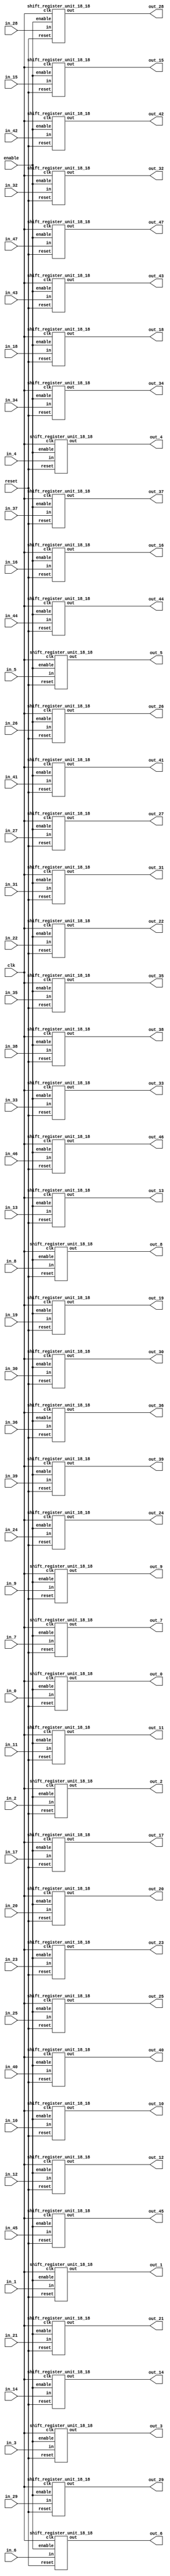
`define SIMULATION_MEMORY

module shift_register_group_18_48_18 (
	input clk,
	input enable,
	input [17:0] in_0,
	output [17:0] out_0,
	input [17:0] in_1,
	output [17:0] out_1,
	input [17:0] in_2,
	output [17:0] out_2,
	input [17:0] in_3,
	output [17:0] out_3,
	input [17:0] in_4,
	output [17:0] out_4,
	input [17:0] in_5,
	output [17:0] out_5,
	input [17:0] in_6,
	output [17:0] out_6,
	input [17:0] in_7,
	output [17:0] out_7,
	input [17:0] in_8,
	output [17:0] out_8,
	input [17:0] in_9,
	output [17:0] out_9,
	input [17:0] in_10,
	output [17:0] out_10,
	input [17:0] in_11,
	output [17:0] out_11,
	input [17:0] in_12,
	output [17:0] out_12,
	input [17:0] in_13,
	output [17:0] out_13,
	input [17:0] in_14,
	output [17:0] out_14,
	input [17:0] in_15,
	output [17:0] out_15,
	input [17:0] in_16,
	output [17:0] out_16,
	input [17:0] in_17,
	output [17:0] out_17,
	input [17:0] in_18,
	output [17:0] out_18,
	input [17:0] in_19,
	output [17:0] out_19,
	input [17:0] in_20,
	output [17:0] out_20,
	input [17:0] in_21,
	output [17:0] out_21,
	input [17:0] in_22,
	output [17:0] out_22,
	input [17:0] in_23,
	output [17:0] out_23,
	input [17:0] in_24,
	output [17:0] out_24,
	input [17:0] in_25,
	output [17:0] out_25,
	input [17:0] in_26,
	output [17:0] out_26,
	input [17:0] in_27,
	output [17:0] out_27,
	input [17:0] in_28,
	output [17:0] out_28,
	input [17:0] in_29,
	output [17:0] out_29,
	input [17:0] in_30,
	output [17:0] out_30,
	input [17:0] in_31,
	output [17:0] out_31,
	input [17:0] in_32,
	output [17:0] out_32,
	input [17:0] in_33,
	output [17:0] out_33,
	input [17:0] in_34,
	output [17:0] out_34,
	input [17:0] in_35,
	output [17:0] out_35,
	input [17:0] in_36,
	output [17:0] out_36,
	input [17:0] in_37,
	output [17:0] out_37,
	input [17:0] in_38,
	output [17:0] out_38,
	input [17:0] in_39,
	output [17:0] out_39,
	input [17:0] in_40,
	output [17:0] out_40,
	input [17:0] in_41,
	output [17:0] out_41,
	input [17:0] in_42,
	output [17:0] out_42,
	input [17:0] in_43,
	output [17:0] out_43,
	input [17:0] in_44,
	output [17:0] out_44,
	input [17:0] in_45,
	output [17:0] out_45,
	input [17:0] in_46,
	output [17:0] out_46,
	input [17:0] in_47,
	output [17:0] out_47,
	input reset
);

shift_register_unit_18_18 shift_register_unit_18_18_inst_0 (
	.clk(clk),
	.reset(reset),
	.enable(enable),
	.in(in_0),
	.out(out_0)
);

shift_register_unit_18_18 shift_register_unit_18_18_inst_1 (
	.clk(clk),
	.reset(reset),
	.enable(enable),
	.in(in_1),
	.out(out_1)
);

shift_register_unit_18_18 shift_register_unit_18_18_inst_2 (
	.clk(clk),
	.reset(reset),
	.enable(enable),
	.in(in_2),
	.out(out_2)
);

shift_register_unit_18_18 shift_register_unit_18_18_inst_3 (
	.clk(clk),
	.reset(reset),
	.enable(enable),
	.in(in_3),
	.out(out_3)
);

shift_register_unit_18_18 shift_register_unit_18_18_inst_4 (
	.clk(clk),
	.reset(reset),
	.enable(enable),
	.in(in_4),
	.out(out_4)
);

shift_register_unit_18_18 shift_register_unit_18_18_inst_5 (
	.clk(clk),
	.reset(reset),
	.enable(enable),
	.in(in_5),
	.out(out_5)
);

shift_register_unit_18_18 shift_register_unit_18_18_inst_6 (
	.clk(clk),
	.reset(reset),
	.enable(enable),
	.in(in_6),
	.out(out_6)
);

shift_register_unit_18_18 shift_register_unit_18_18_inst_7 (
	.clk(clk),
	.reset(reset),
	.enable(enable),
	.in(in_7),
	.out(out_7)
);

shift_register_unit_18_18 shift_register_unit_18_18_inst_8 (
	.clk(clk),
	.reset(reset),
	.enable(enable),
	.in(in_8),
	.out(out_8)
);

shift_register_unit_18_18 shift_register_unit_18_18_inst_9 (
	.clk(clk),
	.reset(reset),
	.enable(enable),
	.in(in_9),
	.out(out_9)
);

shift_register_unit_18_18 shift_register_unit_18_18_inst_10 (
	.clk(clk),
	.reset(reset),
	.enable(enable),
	.in(in_10),
	.out(out_10)
);

shift_register_unit_18_18 shift_register_unit_18_18_inst_11 (
	.clk(clk),
	.reset(reset),
	.enable(enable),
	.in(in_11),
	.out(out_11)
);

shift_register_unit_18_18 shift_register_unit_18_18_inst_12 (
	.clk(clk),
	.reset(reset),
	.enable(enable),
	.in(in_12),
	.out(out_12)
);

shift_register_unit_18_18 shift_register_unit_18_18_inst_13 (
	.clk(clk),
	.reset(reset),
	.enable(enable),
	.in(in_13),
	.out(out_13)
);

shift_register_unit_18_18 shift_register_unit_18_18_inst_14 (
	.clk(clk),
	.reset(reset),
	.enable(enable),
	.in(in_14),
	.out(out_14)
);

shift_register_unit_18_18 shift_register_unit_18_18_inst_15 (
	.clk(clk),
	.reset(reset),
	.enable(enable),
	.in(in_15),
	.out(out_15)
);

shift_register_unit_18_18 shift_register_unit_18_18_inst_16 (
	.clk(clk),
	.reset(reset),
	.enable(enable),
	.in(in_16),
	.out(out_16)
);

shift_register_unit_18_18 shift_register_unit_18_18_inst_17 (
	.clk(clk),
	.reset(reset),
	.enable(enable),
	.in(in_17),
	.out(out_17)
);

shift_register_unit_18_18 shift_register_unit_18_18_inst_18 (
	.clk(clk),
	.reset(reset),
	.enable(enable),
	.in(in_18),
	.out(out_18)
);

shift_register_unit_18_18 shift_register_unit_18_18_inst_19 (
	.clk(clk),
	.reset(reset),
	.enable(enable),
	.in(in_19),
	.out(out_19)
);

shift_register_unit_18_18 shift_register_unit_18_18_inst_20 (
	.clk(clk),
	.reset(reset),
	.enable(enable),
	.in(in_20),
	.out(out_20)
);

shift_register_unit_18_18 shift_register_unit_18_18_inst_21 (
	.clk(clk),
	.reset(reset),
	.enable(enable),
	.in(in_21),
	.out(out_21)
);

shift_register_unit_18_18 shift_register_unit_18_18_inst_22 (
	.clk(clk),
	.reset(reset),
	.enable(enable),
	.in(in_22),
	.out(out_22)
);

shift_register_unit_18_18 shift_register_unit_18_18_inst_23 (
	.clk(clk),
	.reset(reset),
	.enable(enable),
	.in(in_23),
	.out(out_23)
);

shift_register_unit_18_18 shift_register_unit_18_18_inst_24 (
	.clk(clk),
	.reset(reset),
	.enable(enable),
	.in(in_24),
	.out(out_24)
);

shift_register_unit_18_18 shift_register_unit_18_18_inst_25 (
	.clk(clk),
	.reset(reset),
	.enable(enable),
	.in(in_25),
	.out(out_25)
);

shift_register_unit_18_18 shift_register_unit_18_18_inst_26 (
	.clk(clk),
	.reset(reset),
	.enable(enable),
	.in(in_26),
	.out(out_26)
);

shift_register_unit_18_18 shift_register_unit_18_18_inst_27 (
	.clk(clk),
	.reset(reset),
	.enable(enable),
	.in(in_27),
	.out(out_27)
);

shift_register_unit_18_18 shift_register_unit_18_18_inst_28 (
	.clk(clk),
	.reset(reset),
	.enable(enable),
	.in(in_28),
	.out(out_28)
);

shift_register_unit_18_18 shift_register_unit_18_18_inst_29 (
	.clk(clk),
	.reset(reset),
	.enable(enable),
	.in(in_29),
	.out(out_29)
);

shift_register_unit_18_18 shift_register_unit_18_18_inst_30 (
	.clk(clk),
	.reset(reset),
	.enable(enable),
	.in(in_30),
	.out(out_30)
);

shift_register_unit_18_18 shift_register_unit_18_18_inst_31 (
	.clk(clk),
	.reset(reset),
	.enable(enable),
	.in(in_31),
	.out(out_31)
);

shift_register_unit_18_18 shift_register_unit_18_18_inst_32 (
	.clk(clk),
	.reset(reset),
	.enable(enable),
	.in(in_32),
	.out(out_32)
);

shift_register_unit_18_18 shift_register_unit_18_18_inst_33 (
	.clk(clk),
	.reset(reset),
	.enable(enable),
	.in(in_33),
	.out(out_33)
);

shift_register_unit_18_18 shift_register_unit_18_18_inst_34 (
	.clk(clk),
	.reset(reset),
	.enable(enable),
	.in(in_34),
	.out(out_34)
);

shift_register_unit_18_18 shift_register_unit_18_18_inst_35 (
	.clk(clk),
	.reset(reset),
	.enable(enable),
	.in(in_35),
	.out(out_35)
);

shift_register_unit_18_18 shift_register_unit_18_18_inst_36 (
	.clk(clk),
	.reset(reset),
	.enable(enable),
	.in(in_36),
	.out(out_36)
);

shift_register_unit_18_18 shift_register_unit_18_18_inst_37 (
	.clk(clk),
	.reset(reset),
	.enable(enable),
	.in(in_37),
	.out(out_37)
);

shift_register_unit_18_18 shift_register_unit_18_18_inst_38 (
	.clk(clk),
	.reset(reset),
	.enable(enable),
	.in(in_38),
	.out(out_38)
);

shift_register_unit_18_18 shift_register_unit_18_18_inst_39 (
	.clk(clk),
	.reset(reset),
	.enable(enable),
	.in(in_39),
	.out(out_39)
);

shift_register_unit_18_18 shift_register_unit_18_18_inst_40 (
	.clk(clk),
	.reset(reset),
	.enable(enable),
	.in(in_40),
	.out(out_40)
);

shift_register_unit_18_18 shift_register_unit_18_18_inst_41 (
	.clk(clk),
	.reset(reset),
	.enable(enable),
	.in(in_41),
	.out(out_41)
);

shift_register_unit_18_18 shift_register_unit_18_18_inst_42 (
	.clk(clk),
	.reset(reset),
	.enable(enable),
	.in(in_42),
	.out(out_42)
);

shift_register_unit_18_18 shift_register_unit_18_18_inst_43 (
	.clk(clk),
	.reset(reset),
	.enable(enable),
	.in(in_43),
	.out(out_43)
);

shift_register_unit_18_18 shift_register_unit_18_18_inst_44 (
	.clk(clk),
	.reset(reset),
	.enable(enable),
	.in(in_44),
	.out(out_44)
);

shift_register_unit_18_18 shift_register_unit_18_18_inst_45 (
	.clk(clk),
	.reset(reset),
	.enable(enable),
	.in(in_45),
	.out(out_45)
);

shift_register_unit_18_18 shift_register_unit_18_18_inst_46 (
	.clk(clk),
	.reset(reset),
	.enable(enable),
	.in(in_46),
	.out(out_46)
);

shift_register_unit_18_18 shift_register_unit_18_18_inst_47 (
	.clk(clk),
	.reset(reset),
	.enable(enable),
	.in(in_47),
	.out(out_47)
);

endmodule
module shift_register_unit_18_18 (
	input clk,
	input reset,
	input enable,
	input [17:0] in,
	output [17:0] out
);

reg [17:0] shift_registers_0;
reg [17:0] shift_registers_1;
reg [17:0] shift_registers_2;
reg [17:0] shift_registers_3;
reg [17:0] shift_registers_4;
reg [17:0] shift_registers_5;
reg [17:0] shift_registers_6;
reg [17:0] shift_registers_7;
reg [17:0] shift_registers_8;
reg [17:0] shift_registers_9;
reg [17:0] shift_registers_10;
reg [17:0] shift_registers_11;
reg [17:0] shift_registers_12;
reg [17:0] shift_registers_13;
reg [17:0] shift_registers_14;
reg [17:0] shift_registers_15;
reg [17:0] shift_registers_16;
reg [17:0] shift_registers_17;
always @ (posedge clk) begin
	if (reset) begin
		shift_registers_0 <= 18'd0;
		shift_registers_1 <= 18'd0;
		shift_registers_2 <= 18'd0;
		shift_registers_3 <= 18'd0;
		shift_registers_4 <= 18'd0;
		shift_registers_5 <= 18'd0;
		shift_registers_6 <= 18'd0;
		shift_registers_7 <= 18'd0;
		shift_registers_8 <= 18'd0;
		shift_registers_9 <= 18'd0;
		shift_registers_10 <= 18'd0;
		shift_registers_11 <= 18'd0;
		shift_registers_12 <= 18'd0;
		shift_registers_13 <= 18'd0;
		shift_registers_14 <= 18'd0;
		shift_registers_15 <= 18'd0;
		shift_registers_16 <= 18'd0;
		shift_registers_17 <= 18'd0;
	end else if (enable) begin
		shift_registers_0 <= in;
		shift_registers_1 <= shift_registers_0;
		shift_registers_2 <= shift_registers_1;
		shift_registers_3 <= shift_registers_2;
		shift_registers_4 <= shift_registers_3;
		shift_registers_5 <= shift_registers_4;
		shift_registers_6 <= shift_registers_5;
		shift_registers_7 <= shift_registers_6;
		shift_registers_8 <= shift_registers_7;
		shift_registers_9 <= shift_registers_8;
		shift_registers_10 <= shift_registers_9;
		shift_registers_11 <= shift_registers_10;
		shift_registers_12 <= shift_registers_11;
		shift_registers_13 <= shift_registers_12;
		shift_registers_14 <= shift_registers_13;
		shift_registers_15 <= shift_registers_14;
		shift_registers_16 <= shift_registers_15;
		shift_registers_17 <= shift_registers_16;
	end
end

assign out = shift_registers_17;

endmodule